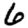
Digit: 6